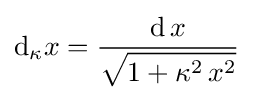
\mathrm {d} _{\kappa }x={\frac {\mathrm {d} \,x}{\displaystyle {\sqrt {1+\kappa ^{2}\,x^{2}}}}}